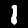
Digit: 1